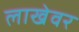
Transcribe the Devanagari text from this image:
लाखेवर